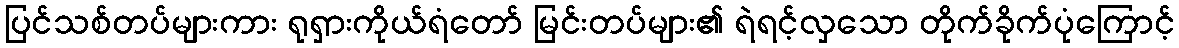
ပြင်သစ်တပ်များကား ရုရှားကိုယ်ရံတော် မြင်းတပ်များ၏ ရဲရင့်လှသော တိုက်ခိုက်ပုံကြောင့်